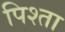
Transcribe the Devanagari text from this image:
पिश्ता